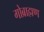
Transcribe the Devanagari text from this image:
गोब्राह्मण